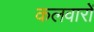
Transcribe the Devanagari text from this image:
कलवारों